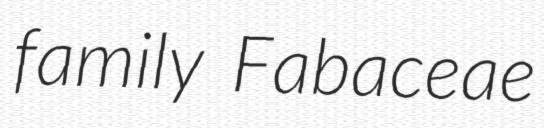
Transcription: family Fabaceae